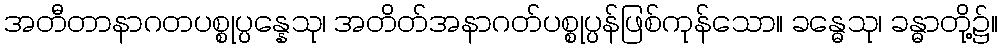
အတီတာနာဂတပစ္စုပ္ပန္နေသု၊ အတိတ်အနာဂတ်ပစ္စုပ္ပန်ဖြစ်ကုန်သော။ ခန္ဓေသု၊ ခန္ဓာတို့၌။